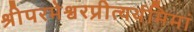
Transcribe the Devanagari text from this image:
श्रीपरमेश्वरप्रीत्यर्थमिमां